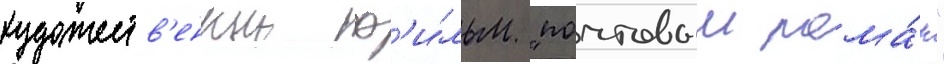
художеств'енныи ф'и́льм "почтовыи рома́н"